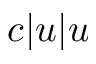
c | u | u